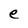
Character: e